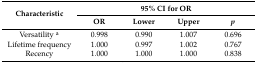
<table><thead><tr><td rowspan="2"><b>Characteristic</b></td><td colspan="4"><b>95% CI for OR</b></td></tr><tr><td><b>OR</b></td><td><b>Lower</b></td><td><b>Upper</b></td><td><b><i>p</i></b></td></tr></thead><tbody><tr><td>Versatility <sup>a</sup></td><td>0.998</td><td>0.990</td><td>1.007</td><td>0.696</td></tr><tr><td>Lifetime frequency</td><td>1.000</td><td>0.997</td><td>1.002</td><td>0.767</td></tr><tr><td>Recency</td><td>1.000</td><td>1.000</td><td>1.000</td><td>0.838</td></tr></tbody></table>